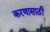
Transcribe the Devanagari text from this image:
करणासाठी